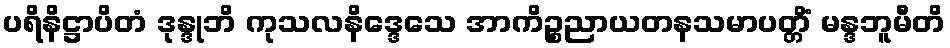
ပရိနိဋ္ဌာပိတံ ဒုန္ဒုဘိ ကုသလနိဒ္ဒေသေ အာကိဉ္စညာယတနသမာပတ္တိံ မန္ဒဘူမီတိ